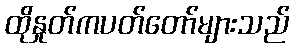
ထိုနှုတ်ကပတ်တော်များသည်